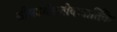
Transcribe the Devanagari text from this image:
श्रीषऽर्थश्लोकवार्तिके